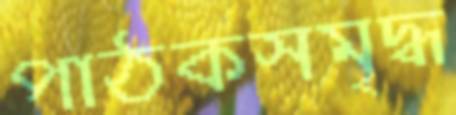
পাঠকসমৃদ্ধ